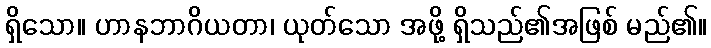
ရှိသော။ ဟာနဘာဂိယတာ၊ ယုတ်သော အဖို့ ရှိသည်၏အဖြစ် မည်၏။